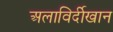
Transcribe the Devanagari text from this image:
अलाविर्दीखान